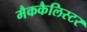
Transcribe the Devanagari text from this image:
मैककैलिस्टर